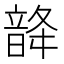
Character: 𩐨